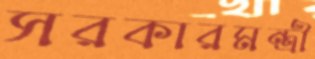
সরকারমন্ত্রী